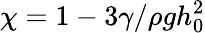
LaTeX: \chi=1-3\gamma/\rho gh_{0}^{2}